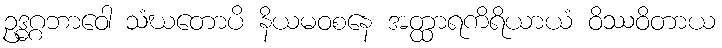
ဥဒ္ဓဂ္ဂဘာဝေါ သံဃတောပိ နိယမဝစနေ အတ္ထာရကိရိယာယံ ဝိဿဝိတာယ